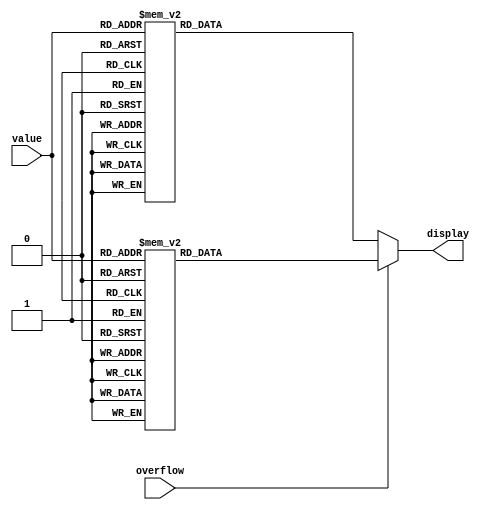

/*
Sonya Schuppan
Digital Logic
Spring 2018
*/

module SevenSegment(input overflow, input[3:0] value, output reg[7:0] display);

	// overflow will only be 1 for mult and div because these are the only operations that could produce a nubmer larger than 8 bits
	//     --for division: if overflow is a 1, the actual result of the operation is <value[3:0]>.5 because only dividing by 2 :)
	//     --for multiplication: if overflow is a 1 the actual result of the operation is 256 + <value[3:0] because only multiplying by 2 :)
	
	always@(value)
	begin
		if(overflow)//add decimal pt if there is a carry to show that full represntation of number is out of bounds 
			case(value)             //.gfedcba
				4'b0000: display = ~8'b10111111;
				4'b0001: display = ~8'b10000110;
				4'b0010: display = ~8'b11011011;
				4'b0011: display = ~8'b11001111;
				4'b0100: display = ~8'b11100110;
				4'b0101: display = ~8'b11101101;
				4'b0110: display = ~8'b11111101;
				4'b0111: display = ~8'b10000111;
				4'b1000: display = ~8'b11111111;
				4'b1001: display = ~8'b11100111;
				4'b1010: display = ~8'b11110111;
				4'b1011: display = ~8'b11111100;
				4'b1100: display = ~8'b10111001;
				4'b1101: display = ~8'b11011110;
				4'b1110: display = ~8'b11111001;
				4'b1111: display = ~8'b11110001;
			endcase
		else //full represtnation of number is in bounds
			case(value)             //.gfedcba
				4'b0000: display = ~8'b00111111;
				4'b0001: display = ~8'b00000110;
				4'b0010: display = ~8'b01011011;
				4'b0011: display = ~8'b01001111;
				4'b0100: display = ~8'b01100110;
				4'b0101: display = ~8'b01101101;
				4'b0110: display = ~8'b01111101;
				4'b0111: display = ~8'b00000111;
				4'b1000: display = ~8'b01111111;
				4'b1001: display = ~8'b01100111;
				4'b1010: display = ~8'b01110111;
				4'b1011: display = ~8'b01111100;
				4'b1100: display = ~8'b00111001;
				4'b1101: display = ~8'b01011110;
				4'b1110: display = ~8'b01111001;
				4'b1111: display = ~8'b01110001;
			endcase
		
		
	end

endmodule